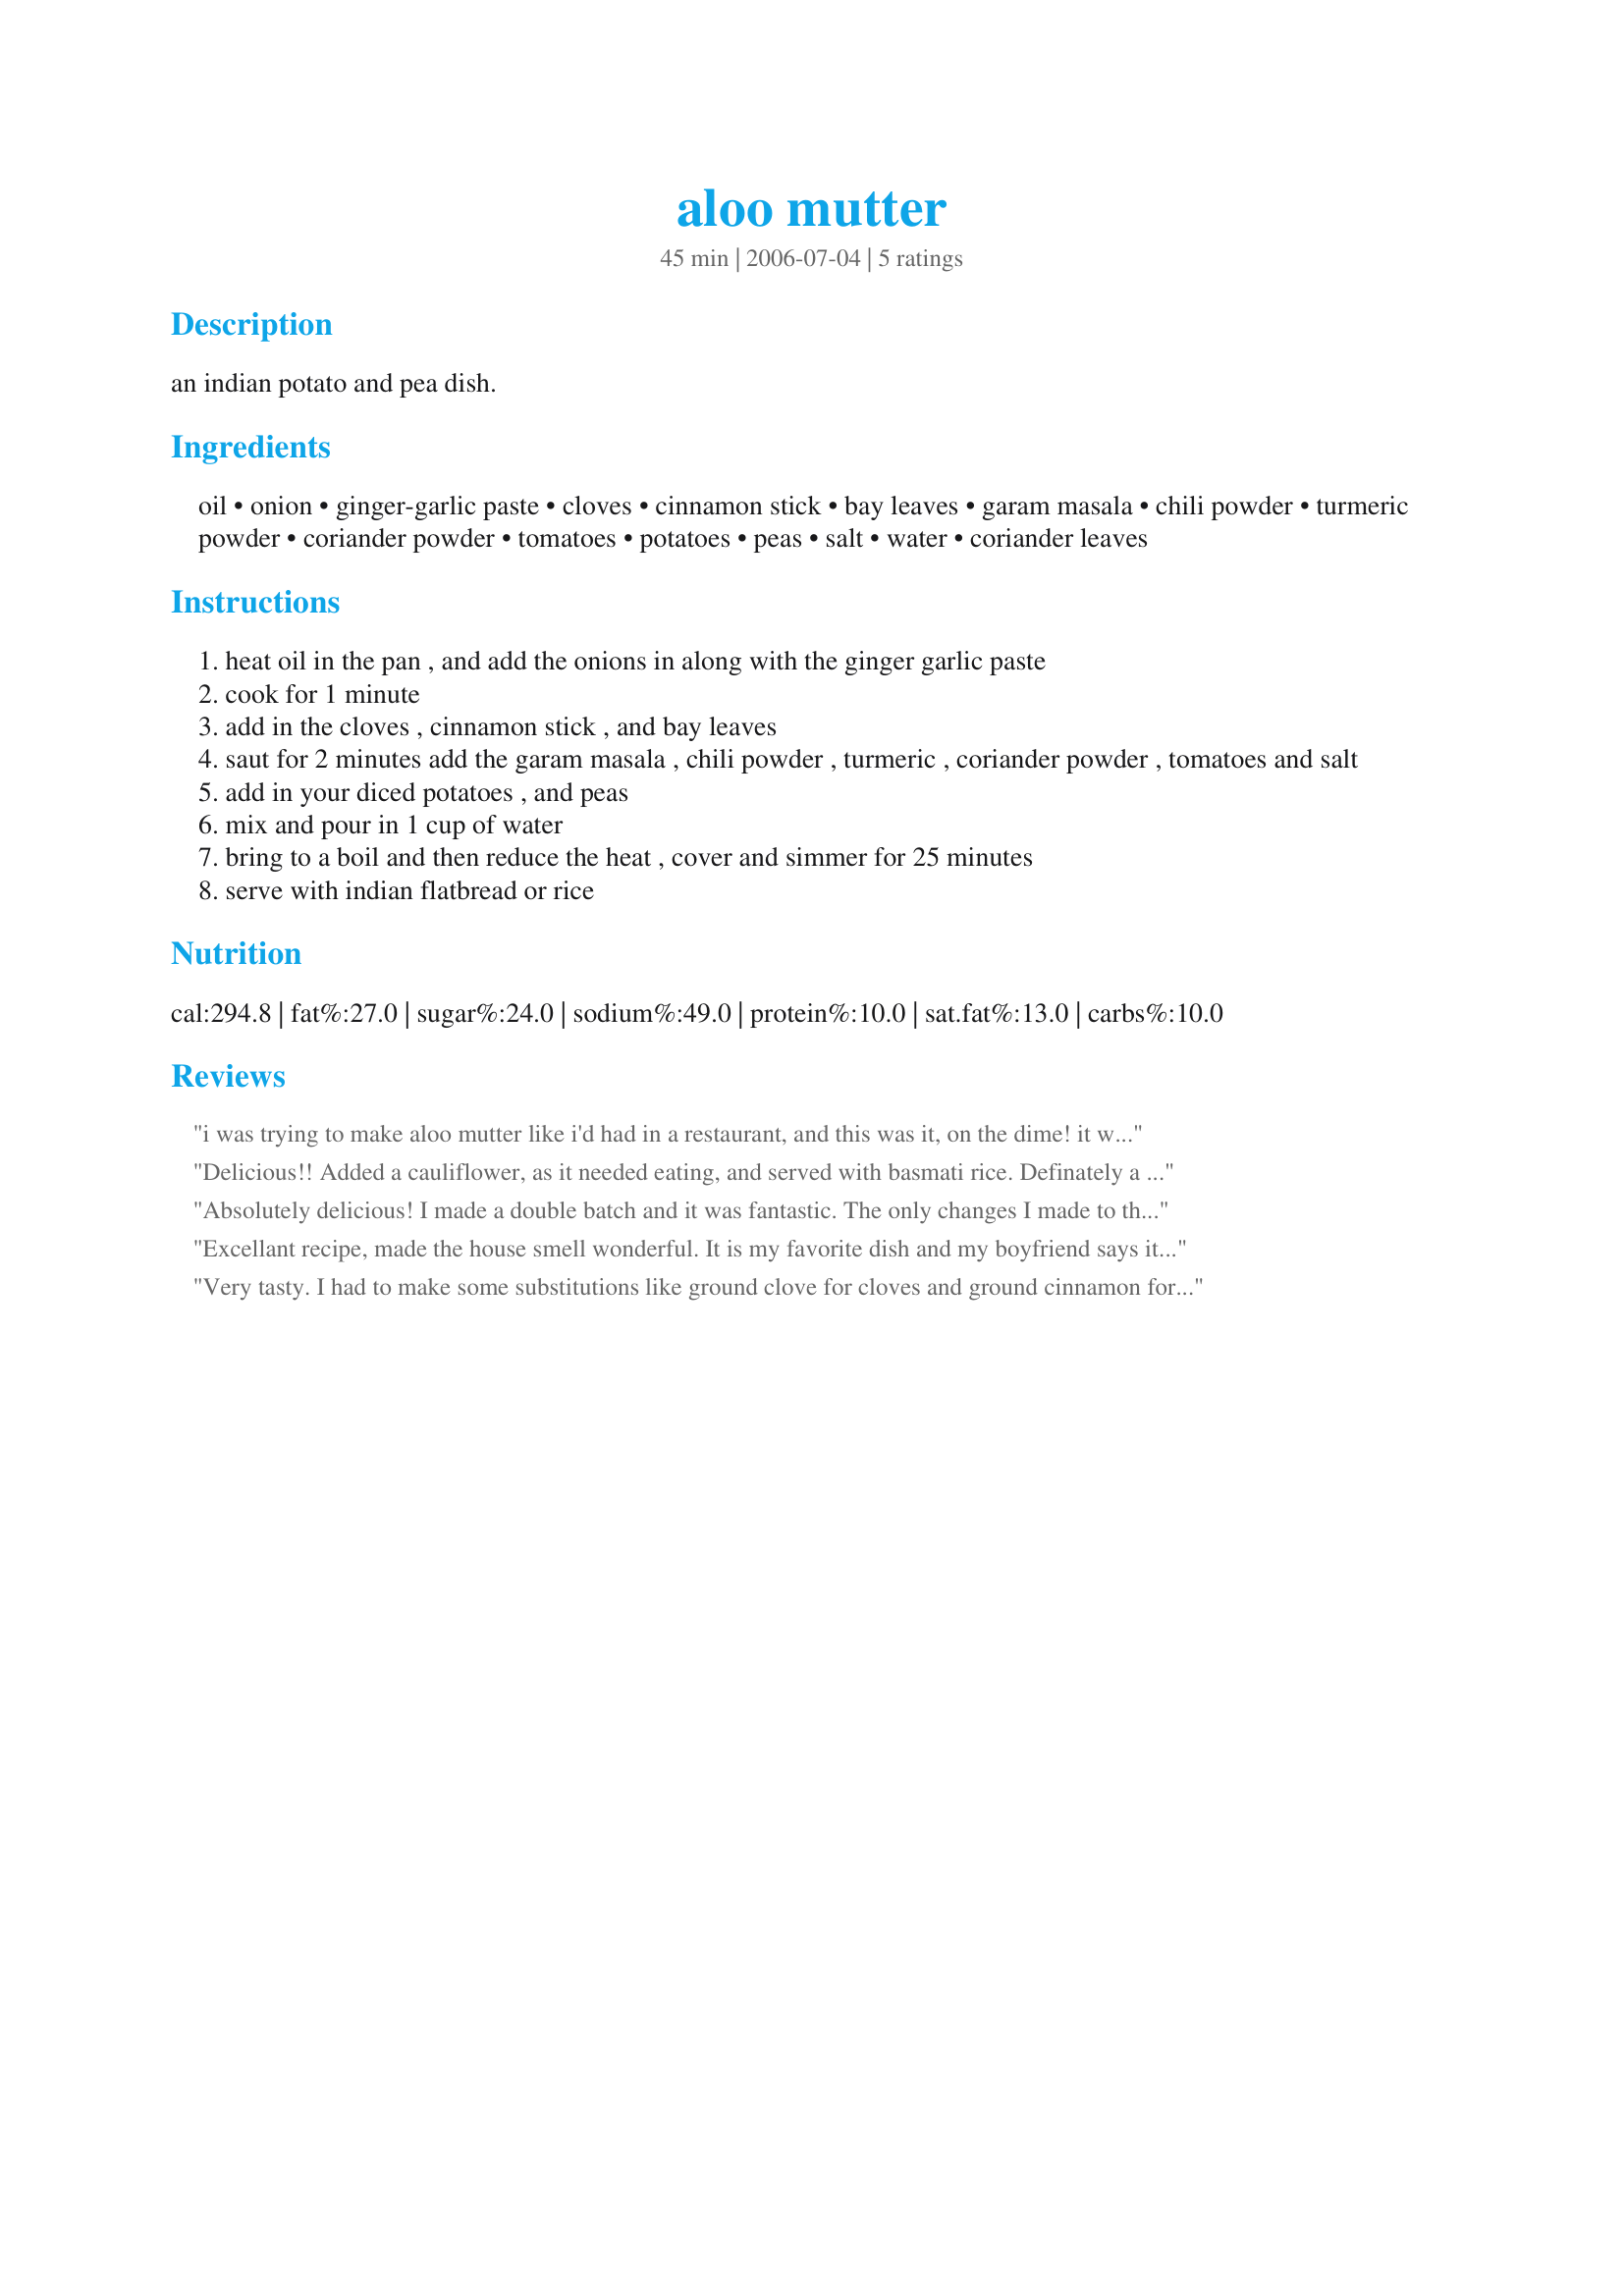
aloo mutter
Preparation time: 45 minutes

an indian potato and pea dish.

Ingredients:
oil, onion, ginger-garlic paste, cloves, cinnamon stick, bay leaves, garam masala, chili powder, turmeric powder, coriander powder, tomatoes, potatoes, peas, salt, water, coriander leaves

Steps:
heat oil in the pan , and add the onions in along with the ginger garlic paste
cook for 1 minute
add in the cloves , cinnamon stick , and bay leaves
saut for 2 minutes add the garam masala , chili powder , turmeric , coriander powder , tomatoes and salt
add in your diced potatoes , and peas
mix and pour in 1 cup of water
bring to a boil and then reduce the heat , cover and simmer for 25 minutes
serve with indian flatbread or rice

Reviews:
i was trying to make aloo mutter like i'd had in a restaurant, and this was it, on the dime! it was easy to make, only i had to find all the spices. i could not find garlic-ginger paste, so i put in half and half, garlic paste and ginger paste. also, the recipe never tells you what to do with the coriander (cilantro, i learned), but i put it in with the potatoes. this dish was excellent. i served it with jasmine rice.
Delicious!! Added a cauliflower, as it needed eating, and served with basmati rice. Definately a recipe for keeps - thank you!!
Absolutely delicious! I made a double batch and it was fantastic. The only changes I made to the double batch were cutting the roma tomatoes into much smaller chunks (1/8 size or even smaller) so they would simmer down completely and simmering for closer to 45 minutes (instead o f 25) to thicken the sauce even more (my pan was wide and that may have caused the process to slow down). Because we really like potatoes (I used red), I added 2 more than the double recipe called for. If you like potatoes, that worked fine but you do end up with less sauce for the amount of potatoes. Next time I'll stick with the recommended amount. Great recipe!! Thank you!!
Excellant recipe, made the house smell wonderful. It is my favorite dish and my boyfriend says it's the best he's had. Make sure to salt (a pinch or so of Kosher or coarse)in each step. This helps the dish "blend" better. Leftovers are great the next day and it's great with Basmati rice. Thanks for posting!
Very tasty. I had to make some substitutions like ground clove for cloves and ground cinnamon for a stick. I used a bit of grated fresh ginger and 2 minced cloves for the ginger-garlic paste. I used a can of rotel for the 2 tomatoes -- I won't do that again. I used frozen peas and added them in with the potatoes. I added the cilantro leaves in with the potatoes but think they probably should have gone in later... just not sure when. They became too mushyicky looking for cooking so long. Maybe 5 minutes before serving?
